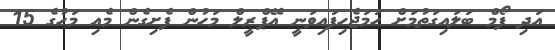
އަދި ފޯމް ބަލައިގަތުމަށް ހަމަޖެހިފައިވަނީ އޭޕްރީލް މަހުން ފެށިގެން މެއި މަހުގެ 15